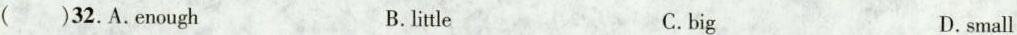
( )32.A.enough B.little C.big D.small